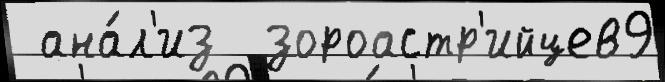
 ана́л'из  зороастр'ийцев9